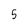
Character: 5